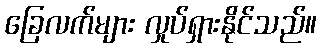
ခြေလက်များ လှုပ်ရှားနိုင်သည်။